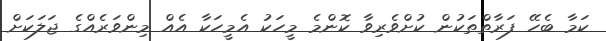
ކަމާ ބެހޭ ފަރާތްތަކުން ކުށްްވެރިވާ ކޮންމެ މީހަކު އެމީހަކާ އެއް މިންވަރެއްގެ ޖަލަކަށް